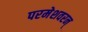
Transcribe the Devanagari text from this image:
परमेशवरन्